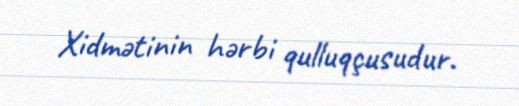
Xidmətinin hərbi qulluqçusudur.